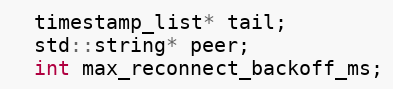
Language: C
  timestamp_list* tail;
  std::string* peer;
  int max_reconnect_backoff_ms;